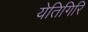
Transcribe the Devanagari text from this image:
येतिगिरि